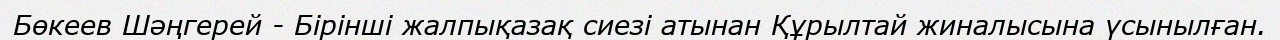
Бөкеев Шәңгерей - Бірінші жалпықазақ сиезі атынан Құрылтай жиналысына үсынылған.